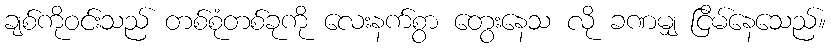
ချစ်ကိုဝင်းသည် တစ်စုံတစ်ခုကို လေးနက်စွာ တွေးနေသ လို ခဏမျှ ငြိမ်နေသေည်။